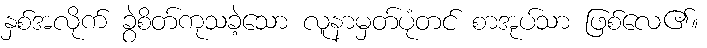
နှစ်အလိုက် ခွဲစိတ်ကုသခဲ့သော လူနာမှတ်ပုံတင် စာအုပ်သာ ဖြစ်လေ၏။